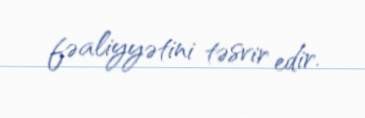
fəaliyyətini təsvir edir.